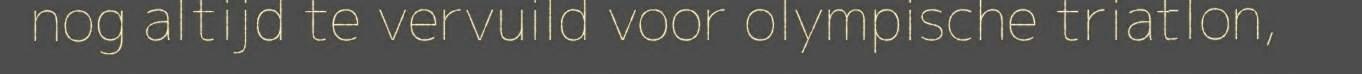
nog altijd te vervuild voor olympische triatlon,